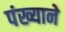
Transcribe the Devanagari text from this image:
पंख्याने